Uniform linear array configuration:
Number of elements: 64
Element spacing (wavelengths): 0.5
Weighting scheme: blackman
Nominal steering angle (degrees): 60
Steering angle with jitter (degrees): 59.015
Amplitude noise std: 0.05
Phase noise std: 0.05

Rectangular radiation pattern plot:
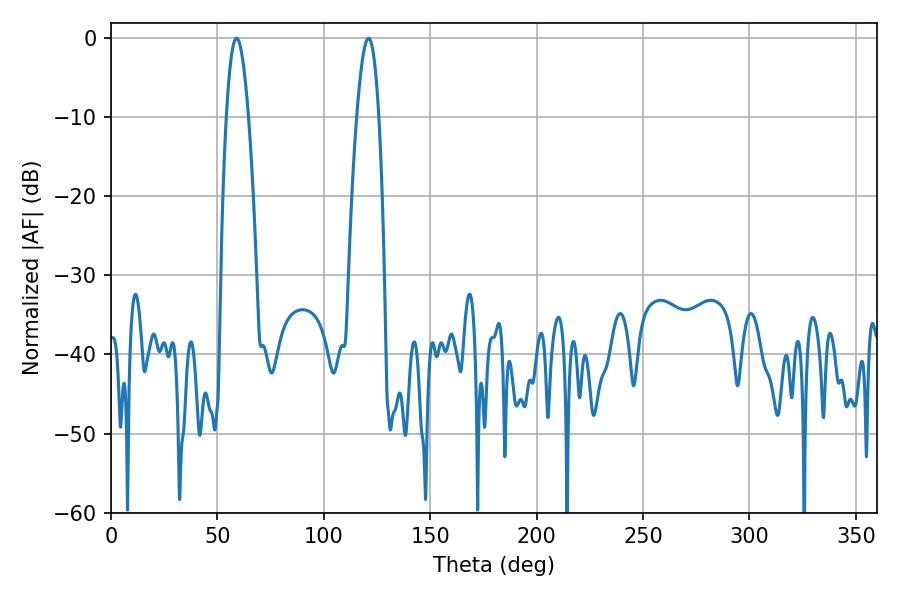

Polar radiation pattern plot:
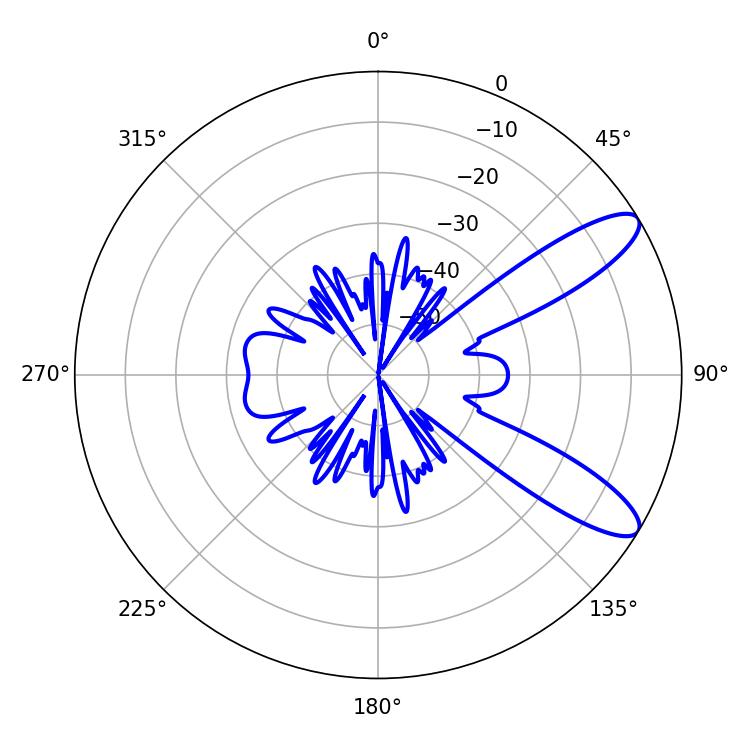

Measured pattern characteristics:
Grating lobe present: FALSE
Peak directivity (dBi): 10.358
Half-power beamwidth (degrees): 5.58
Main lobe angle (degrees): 120.96